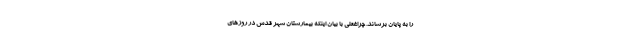
را به پایان برساند. چراغعلی با بیان اینکه بیمارستان شهر قدس در روزهای